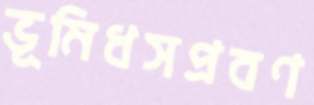
ভূমিধসপ্রবণ